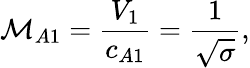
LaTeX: \mathcal{M}_{A1}=\frac{V_{1}}{c_{A1}}=\frac{1}{\sqrt{\sigma}},